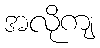
အလိုကျ